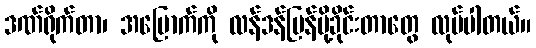
ဒဏ်ရိုက်တာ၊ အမြောက်ကို လန်ဒန်ပြန်ပို့ခိုင်းတာတွေ လုပ်ပါတယ်။